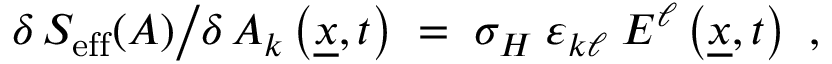
\delta \, S _ { \mathrm { e f f } } ( A ) \big / \delta \, A _ { k } \left( \underline { { { x } } } , t \right) \; = \; \sigma _ { H } \; \varepsilon _ { k \ell } \; E ^ { \ell } \left( \underline { { { x } } } , t \right) ~ ,